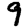
Digit: 9